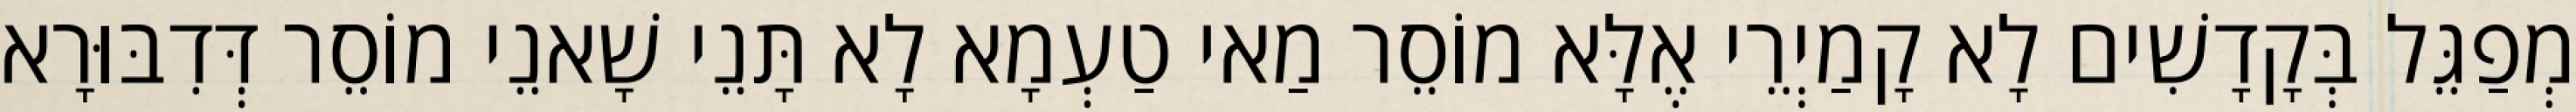
מְפַגֵּל בְּקָדָשִׁים לָא קָמַיְרֵי אֶלָּא מוֹסֵר מַאי טַעְמָא לָא תָּנֵי שָׁאנֵי מוֹסֵר דְּדִבּוּרָא